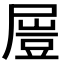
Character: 𡳂